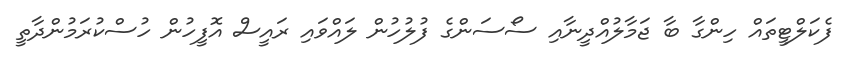
ފެކަލްޓީތައް ހިންގާ ބާ ޖަމާލުއްދީނާއި ސޯސަންގެ ފުލުހުން ލައްވައި ރައީސް އޮފީހުން ހުސްކުރަމުންދާތީ